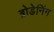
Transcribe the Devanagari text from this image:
ब्रोडेनिंग